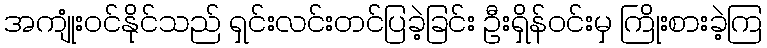
အကျုံးဝင်နိုင်သည် ရှင်းလင်းတင်ပြခဲ့ခြင်း ဦးရှိန်ဝင်းမှ ကြိုးစားခဲ့ကြ